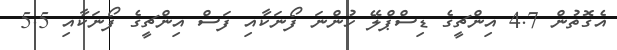
އެގޮތުން 4.7 އިންޗީގެ ޑިސްޕްލޭ ހުންނަ ފޯނަކާއި ފަސް އިންޗީގެ ފޯނަކާއި 5.5